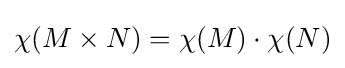
\chi (M\times N)=\chi (M)\cdot \chi (N)